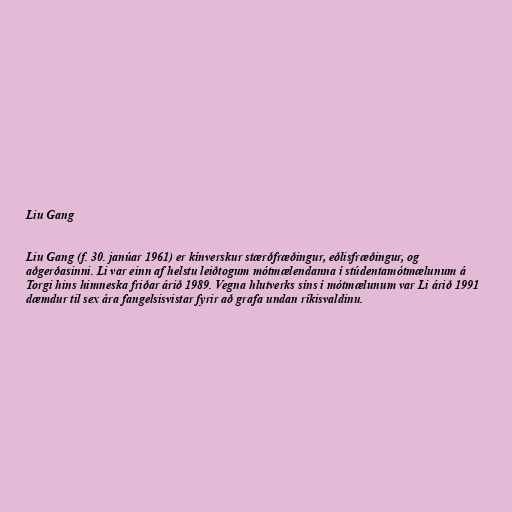
Liu Gang

Liu Gang (f. 30. janúar 1961) er kínverskur stærðfræðingur, eðlisfræðingur, og
aðgerðasinni. Li var einn af helstu leiðtogum mótmælendanna í stúdentamótmælunum á
Torgi hins himneska friðar árið 1989. Vegna hlutverks síns í mótmælunum var Li árið 1991
dæmdur til sex ára fangelsisvistar fyrir að grafa undan ríkisvaldinu.